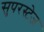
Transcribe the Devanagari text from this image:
सुपरस्टेज